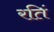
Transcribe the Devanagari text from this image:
रतिं